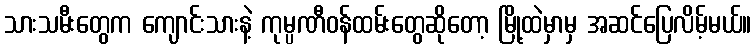
သားသမီးတွေက ကျောင်းသားနဲ့ ကုမ္ပဏီဝန်ထမ်းတွေဆိုတော့ မြို့ထဲမှာမှ အဆင်ပြေလိမ့်မယ်။